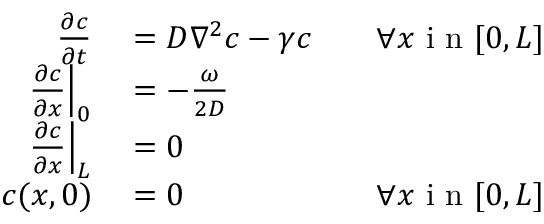
\begin{array} { r l r } { \frac { \partial c } { \partial t } } & { { } = D \nabla ^ { 2 } c - \gamma c } & { \quad \forall x \mathrm { ~ i ~ n ~ } [ 0 , L ] } \\ { \left. \frac { \partial c } { \partial x } \right| _ { 0 } } & { { } = - \frac { \omega } { 2 D } } \\ { \left. \frac { \partial c } { \partial x } \right| _ { L } } & { { } = 0 } \\ { c ( x , 0 ) } & { { } = 0 } & { \forall x \mathrm { ~ i ~ n ~ } [ 0 , L ] } \end{array}